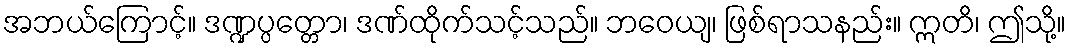
အဘယ်ကြောင့်။ ဒဏ္ဍပ္ပတ္တော၊ ဒဏ်ထိုက်သင့်သည်။ ဘဝေယျ၊ ဖြစ်ရာသနည်း။ ဣတိ၊ ဤသို့။